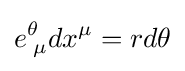
e_{\;\mu }^{\theta }dx^{\mu }=rd\theta